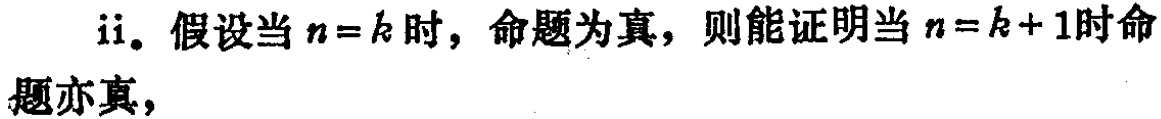
ii. 假设当 \(n = k\) 时，命题为真，则能证明当 \(n = k + 1\) 时命题亦真，